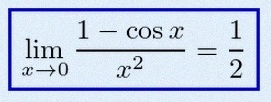
\lim_{x\to0}\frac{1-\cos x}{x^2}=\frac12